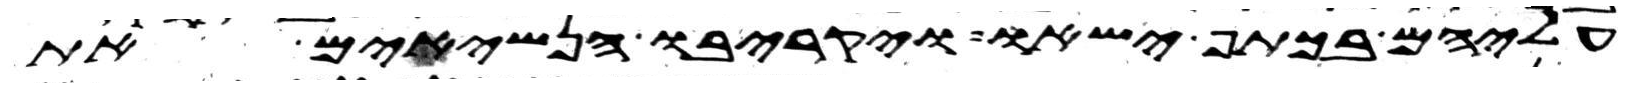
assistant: עליהם בכתף ישאו ויקריבו הנשיאים את